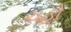
ચહો